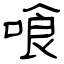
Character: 喰